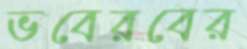
ভবেরবের